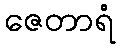
ဇေတာရံ